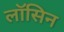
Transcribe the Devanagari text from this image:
लॉसिन